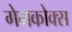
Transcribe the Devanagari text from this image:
गेमकोक्स